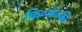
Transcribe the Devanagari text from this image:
कि०मी०की